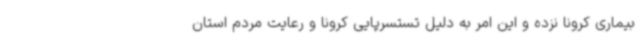
بیماری کرونا نزده و این امر به دلیل تستسرپایی کرونا و رعایت مردم استان